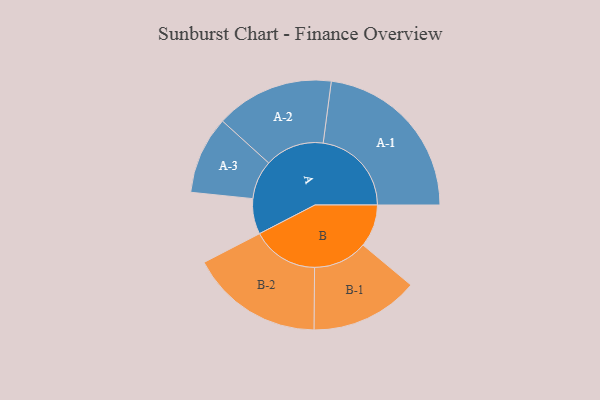
{"axis": {"x": "Segment", "y": "Value"}, "legend": ["", "A", "B"], "data": [{"x": "A", "y": 105, "type": ""}, {"x": "B", "y": 126, "type": ""}, {"x": "A-1", "y": 261, "type": "A"}, {"x": "A-2", "y": 175, "type": "A"}, {"x": "A-3", "y": 115, "type": "A"}, {"x": "B-1", "y": 160, "type": "B"}, {"x": "B-2", "y": 197, "type": "B"}]}